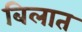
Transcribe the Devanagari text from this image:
बिलात